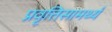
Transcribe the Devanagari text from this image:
प्रवृत्तिसामर्थ्य